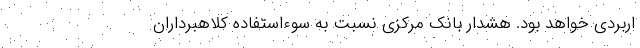
اربردی خواهد بود. هشدار بانک مرکزی نسبت به سوءاستفاده کلاهبرداران